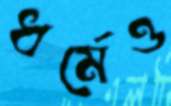
ধর্মেও